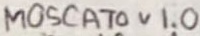
Text: MOSCATO v 1.0